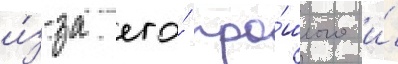
и́з-за его́ про́шлого и́